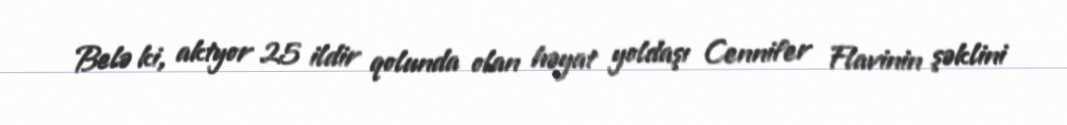
Belə ki, aktyor 25 ildir qolunda olan həyat yoldaşı Cennifer Flavinin şəklini